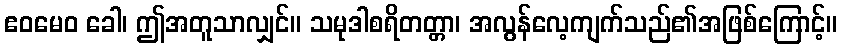
ဧဝမေဝ ခေါ၊ ဤအတူသာလျှင်။ သမုဒါစရိတတ္တာ၊ အလွန်လေ့ကျက်သည်၏အဖြစ်ကြောင့်။